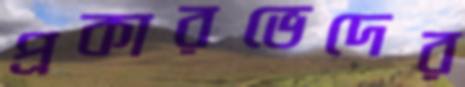
প্রকারভেদের